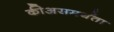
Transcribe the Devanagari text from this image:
कीअसमर्थता